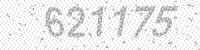
Solution: 621175